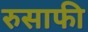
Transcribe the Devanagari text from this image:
रुसाफी